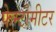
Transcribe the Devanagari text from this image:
फेम्टोमीटर